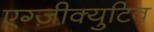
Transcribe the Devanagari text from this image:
एग्ज़ीक्युटिव